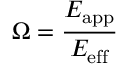
\Omega = \frac { E _ { \mathrm { a p p } } } { E _ { \mathrm { e f f } } }